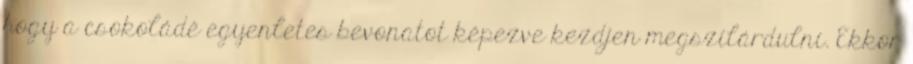
hogy a csokoládé egyenletes bevonatot képezve kezdjen megszilárdulni. Ekkor